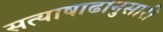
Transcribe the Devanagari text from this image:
सत्याषाढानुसारी